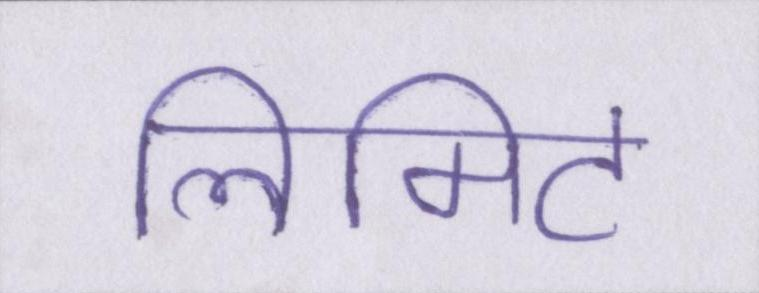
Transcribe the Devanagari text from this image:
लिमिट